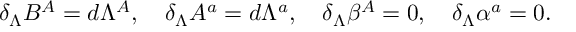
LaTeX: \delta _ { \Lambda } B ^ { A } = d \Lambda ^ { A } , \quad \delta _ { \Lambda } A ^ { a } = d \Lambda ^ { a } , \quad \delta _ { \Lambda } \beta ^ { A } = 0 , \quad \delta _ { \Lambda } \alpha ^ { a } = 0 .